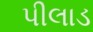
પીલાડ